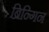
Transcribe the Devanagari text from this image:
ब्रिन्गिन